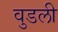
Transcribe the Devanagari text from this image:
वुडली